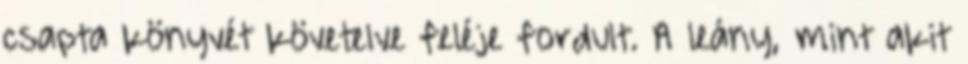
csapta könyvét követelve feléje fordult. A leány, mint akit